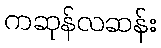
ကဆုန်လဆန်း